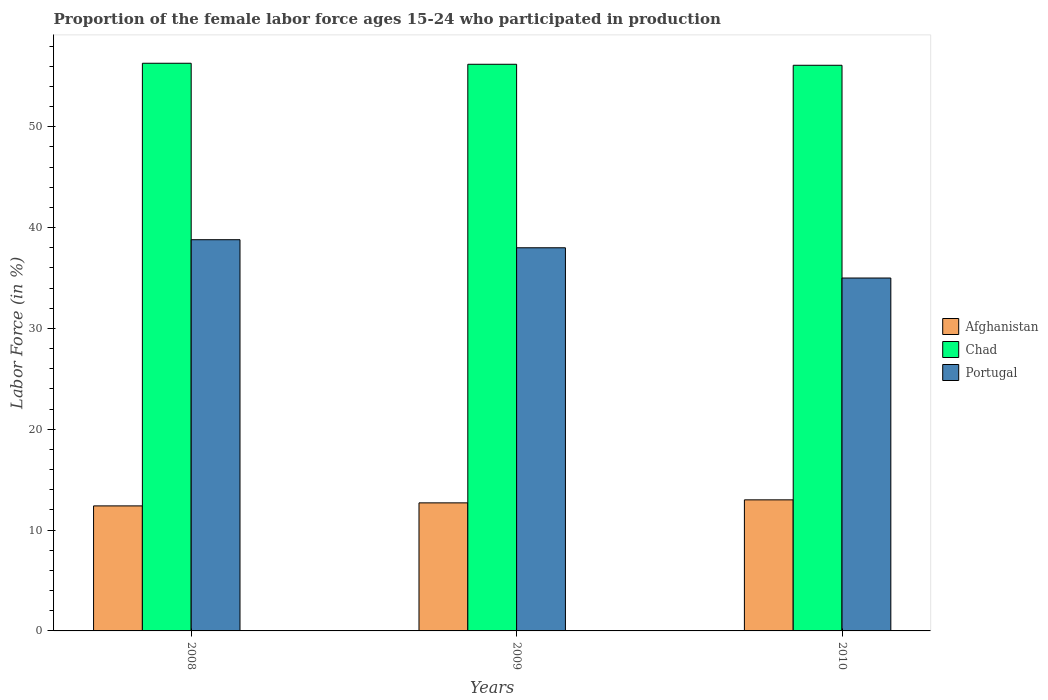
| Years | Afghanistan | Chad | Portugal |
 | --- | --- | --- | --- |
 | 2008 | 12.4 | 56.3 | 38.8 |
 | 2009 | 12.7 | 56.2 | 38 |
 | 2010 | 13 | 56.1 | 35 |